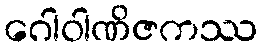
ဂေါဝါဏိဇကဿ